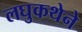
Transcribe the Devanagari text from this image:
लघुकथेने